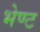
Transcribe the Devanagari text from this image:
भेण्ट